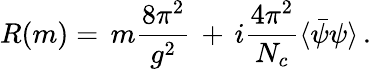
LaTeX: R(m)=\, m\frac{8\pi^{2}}{g^{2}}\, +\, i\frac{4\pi^{2}}{N_{c}}\langle\bar{\psi}\psi\rangle\, .